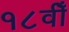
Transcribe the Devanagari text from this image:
१८वीँ